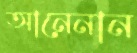
আনেনান